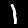
Label: 1